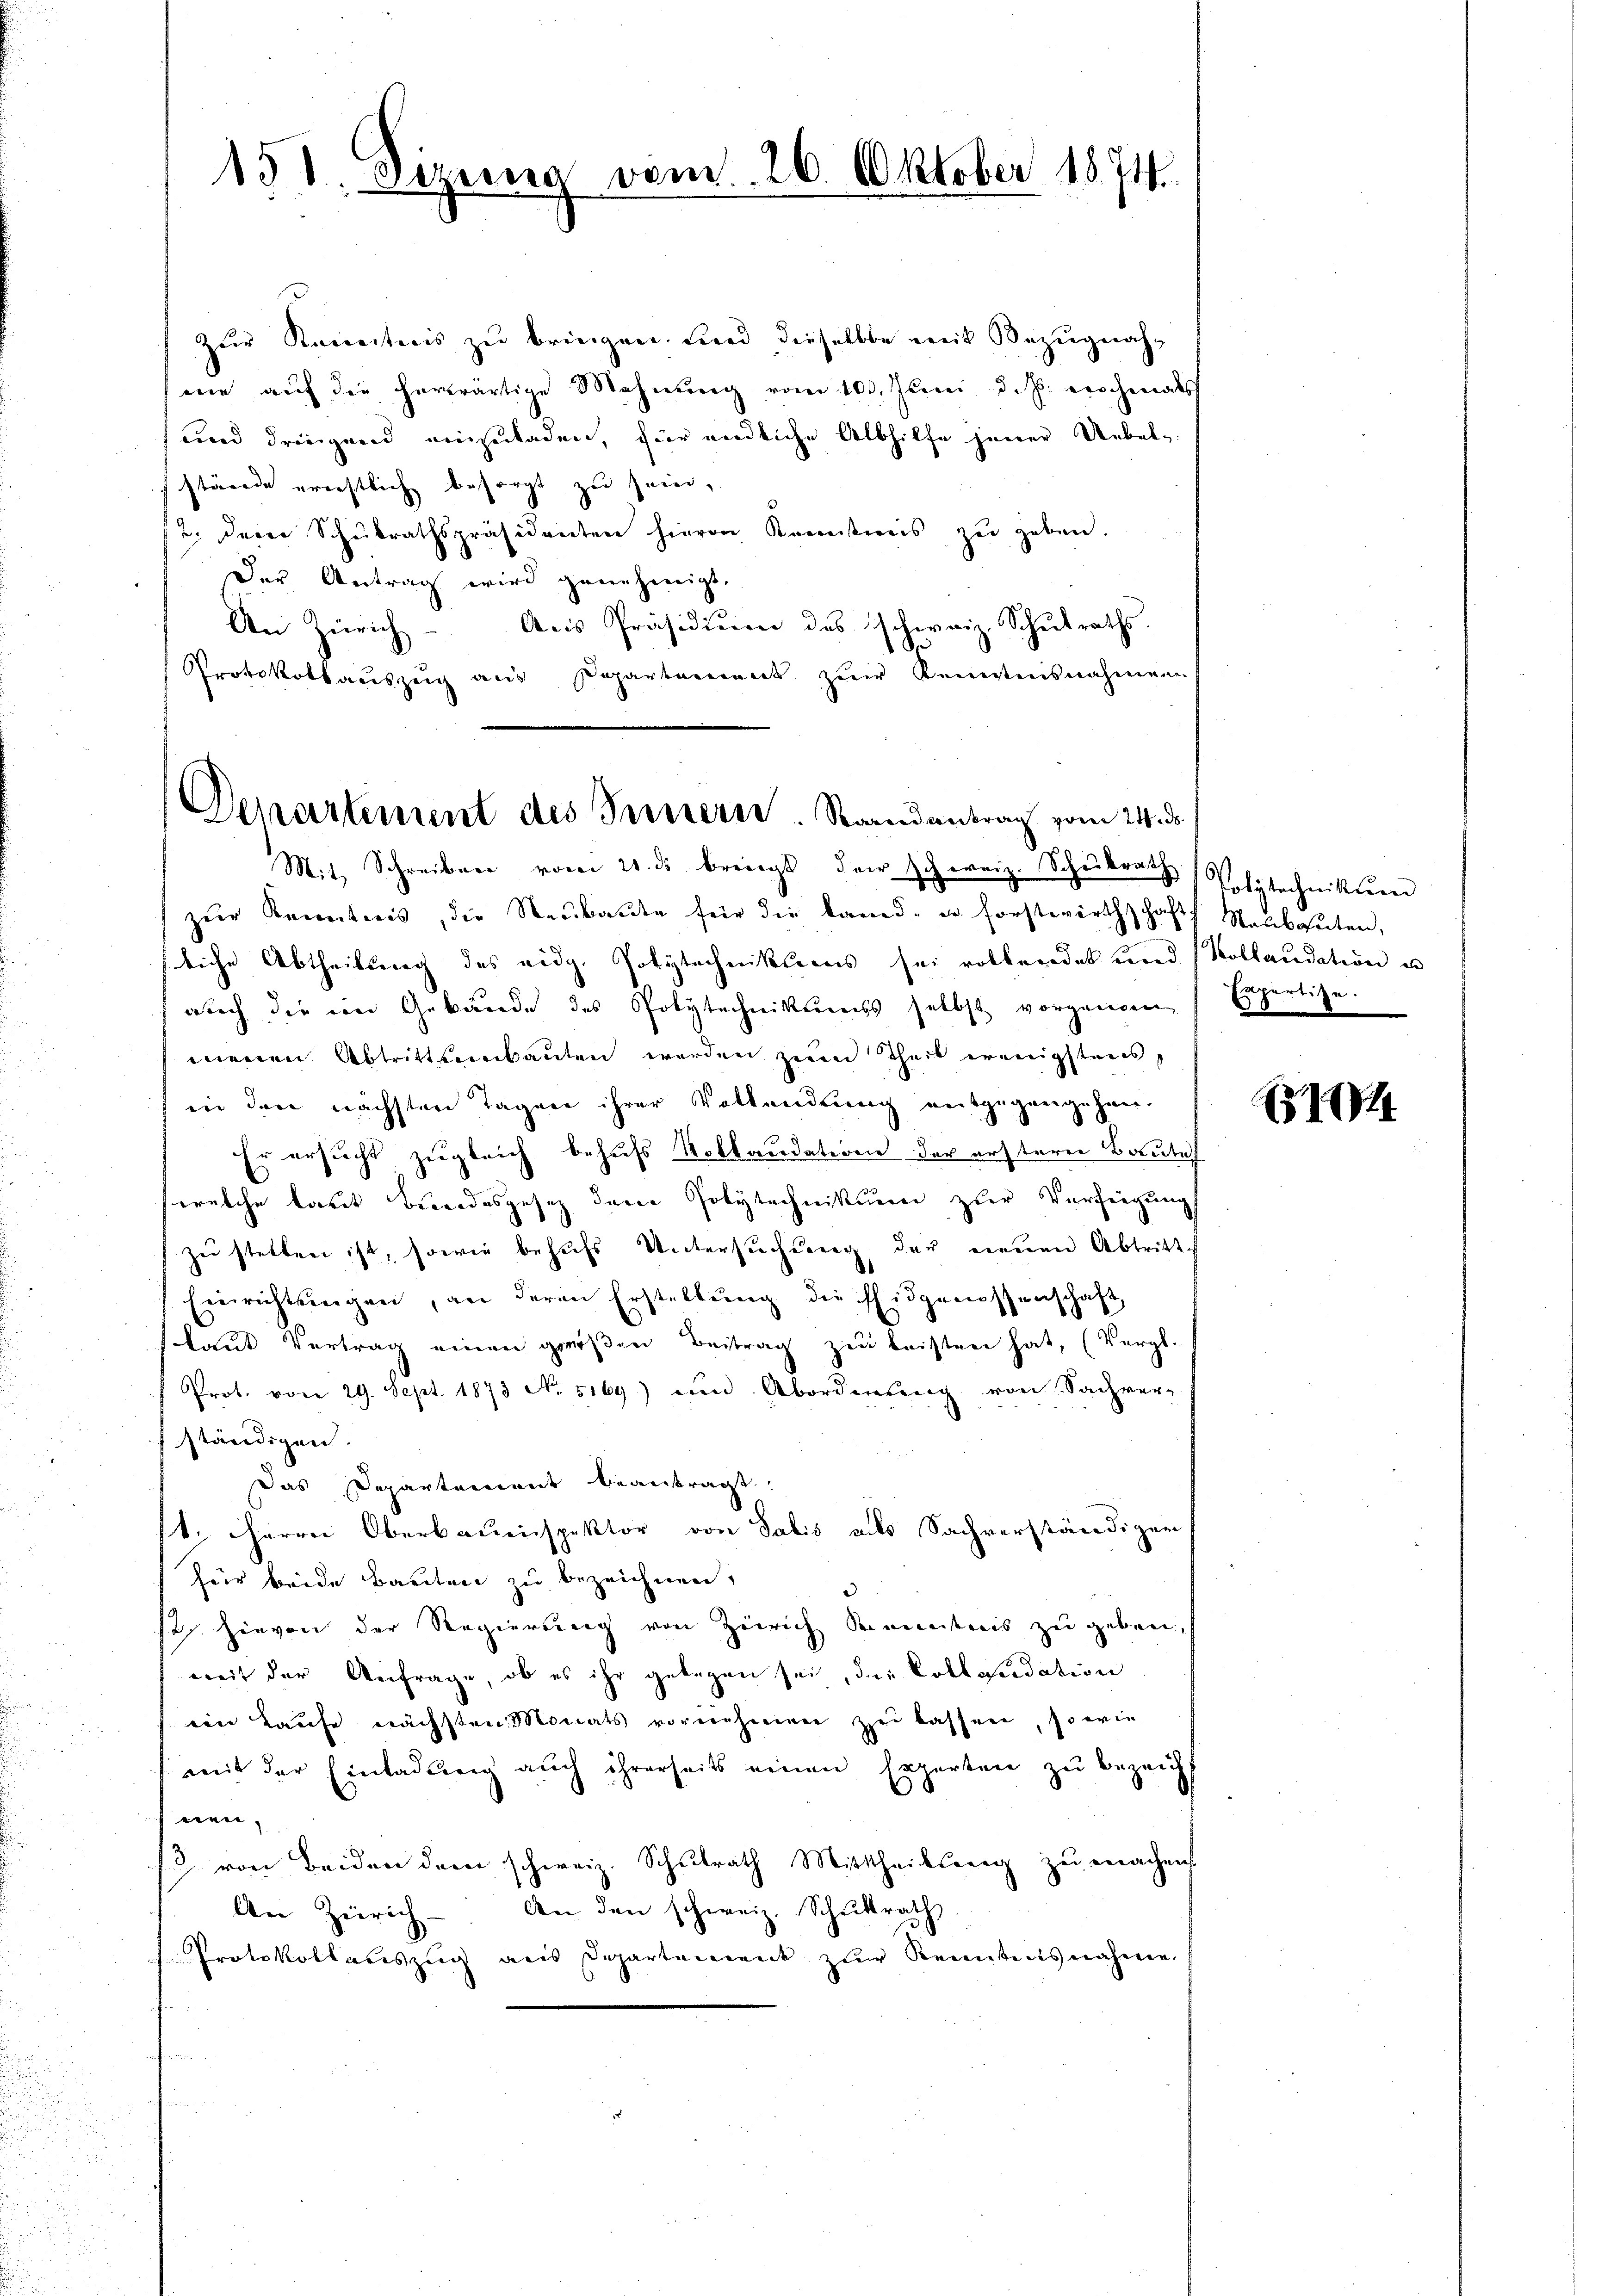
151. Sizung vom 26. Oktober 1874.

zur Kenntnis zu bringen, und dieselbe mit Bezugnahmie aŭf die herwärtige Mahnŭng vom 100. Juni d. J. erschenats
und dringend einzuladen, für endliche Albhilfe jener Uebel-
stände errechtlich besorgt zu sein,
12. Der Schulrathspräsidenten hievon Kenntnis zu geben.
Der Antrag wird genehmigt.
An Zürich Aus Präsidium des schweiz. Schulraths-
Protokollaŭszŭg aŭs Departement zŭr Kenntnisnahmen
Departement des Innern. Raandantrag vom 24. ds.

Mit Schreiben vom 21. ds. bringt, der schweiz. Schŭlrat, Polytechnittenen
zŭr Kenntnis, die Neŭbaŭte für die Land- u. Forstwirthschaft Neubahnten,
liche Abtheilung des eidg. Polytechnitteres sei vollendet und Kollaudation u
auch die im Gebäude des Polytechnikums selbst vorgenden Expertise.
menen Abtrittenbauten werden zum Theil erenigstens,
in den nächsten Tagen ihrer Vollandlung entgegangehen.
Er ersucht zugleich behufs Kollaudation der erstern Bautes
welche laut Bundesgesetz der Polytechnikurren zur Verfeigung
zu stellen ist, sowie behufs Untersuchung der neuen Abtritte
Einrichtungen, an deren Erstellŭng die Eidgenossenschaft
laut Vertrag einen greißen Beitrag zu leisten hat, (Vergl.
Prot. von 29. Sept. 1873 No. 5169) ein Abordnŭng von Sachver-
fständigen.
Das Departement beantragt.
t. Herrn Oberbauenspektor von Sabis als Sachverständigen
für beide Bauten zu bezeichnen,
so hievon der Regierung von Zürich Kenntnis zu geben,
weit der Anfrage, ob es ihr gelegen sei, die Collaudation
ein Laufe nächsten Monats vornehmen zu lassen, sowie
mit der Einladŭng auch ihrerseits einen Experten zŭ bezeich
een |
/3 von Beiden dem schweiz. Schŭlrath Mittheilŭng zŭ machen
An Zürich. An den schweiz. Schŭlrath
Protokollauszug aus Departement zur Kenntnisnahme.

III